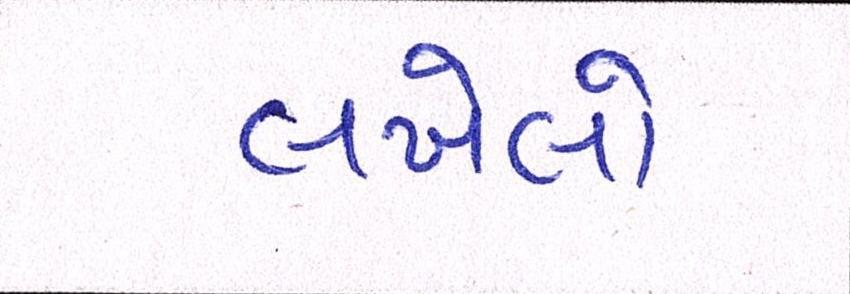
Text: લખેલો